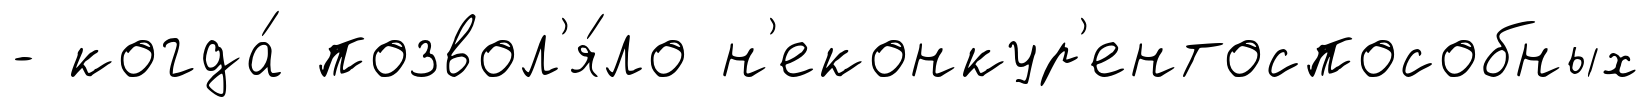
- когда́ позвол'я́ло н'еконкур'ентоспособных